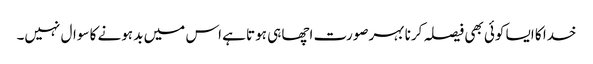
خدا کا ایسا کوئی بھی فیصلہ کرنا بہرصورت اچھا ہی ہوتا ہے اس میں بد ہونے کا سوال نہیں۔